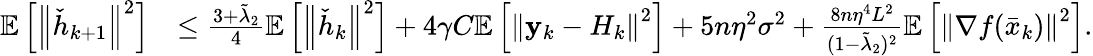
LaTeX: \begin{array}{rl}{\mathbb{E}\left[\left\Vert\check{h}_{k+1}\right\Vert^{2}\right]}&{\leq\frac{3+\tilde{\lambda}_{2}}{4}\mathbb{E}\left[\left\Vert\check{h}_{k}\right\Vert^{2}\right]+4\gamma C\mathbb{E}\left[\left\Vert\mathbf{y}_{k}-H_{k}\right\Vert^{2}\right]+5n\eta^{2}\sigma^{2}+\frac{8n\eta^{4}L^{2}}{(1-\tilde{\lambda}_{2})^{2}}\mathbb{E}\left[\left\Vert\nabla f(\bar{x}_{k})\right\Vert^{2}\right].}\end{array}